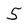
Character: 5